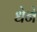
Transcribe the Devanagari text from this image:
धेने